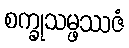
စက္ခုသမ္ဖဿဇံ